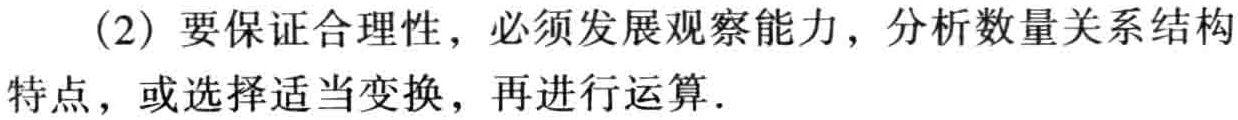
（2）要保证合理性，必须发展观察能力，分析数量关系结构特点，或选择适当变换，再进行运算.